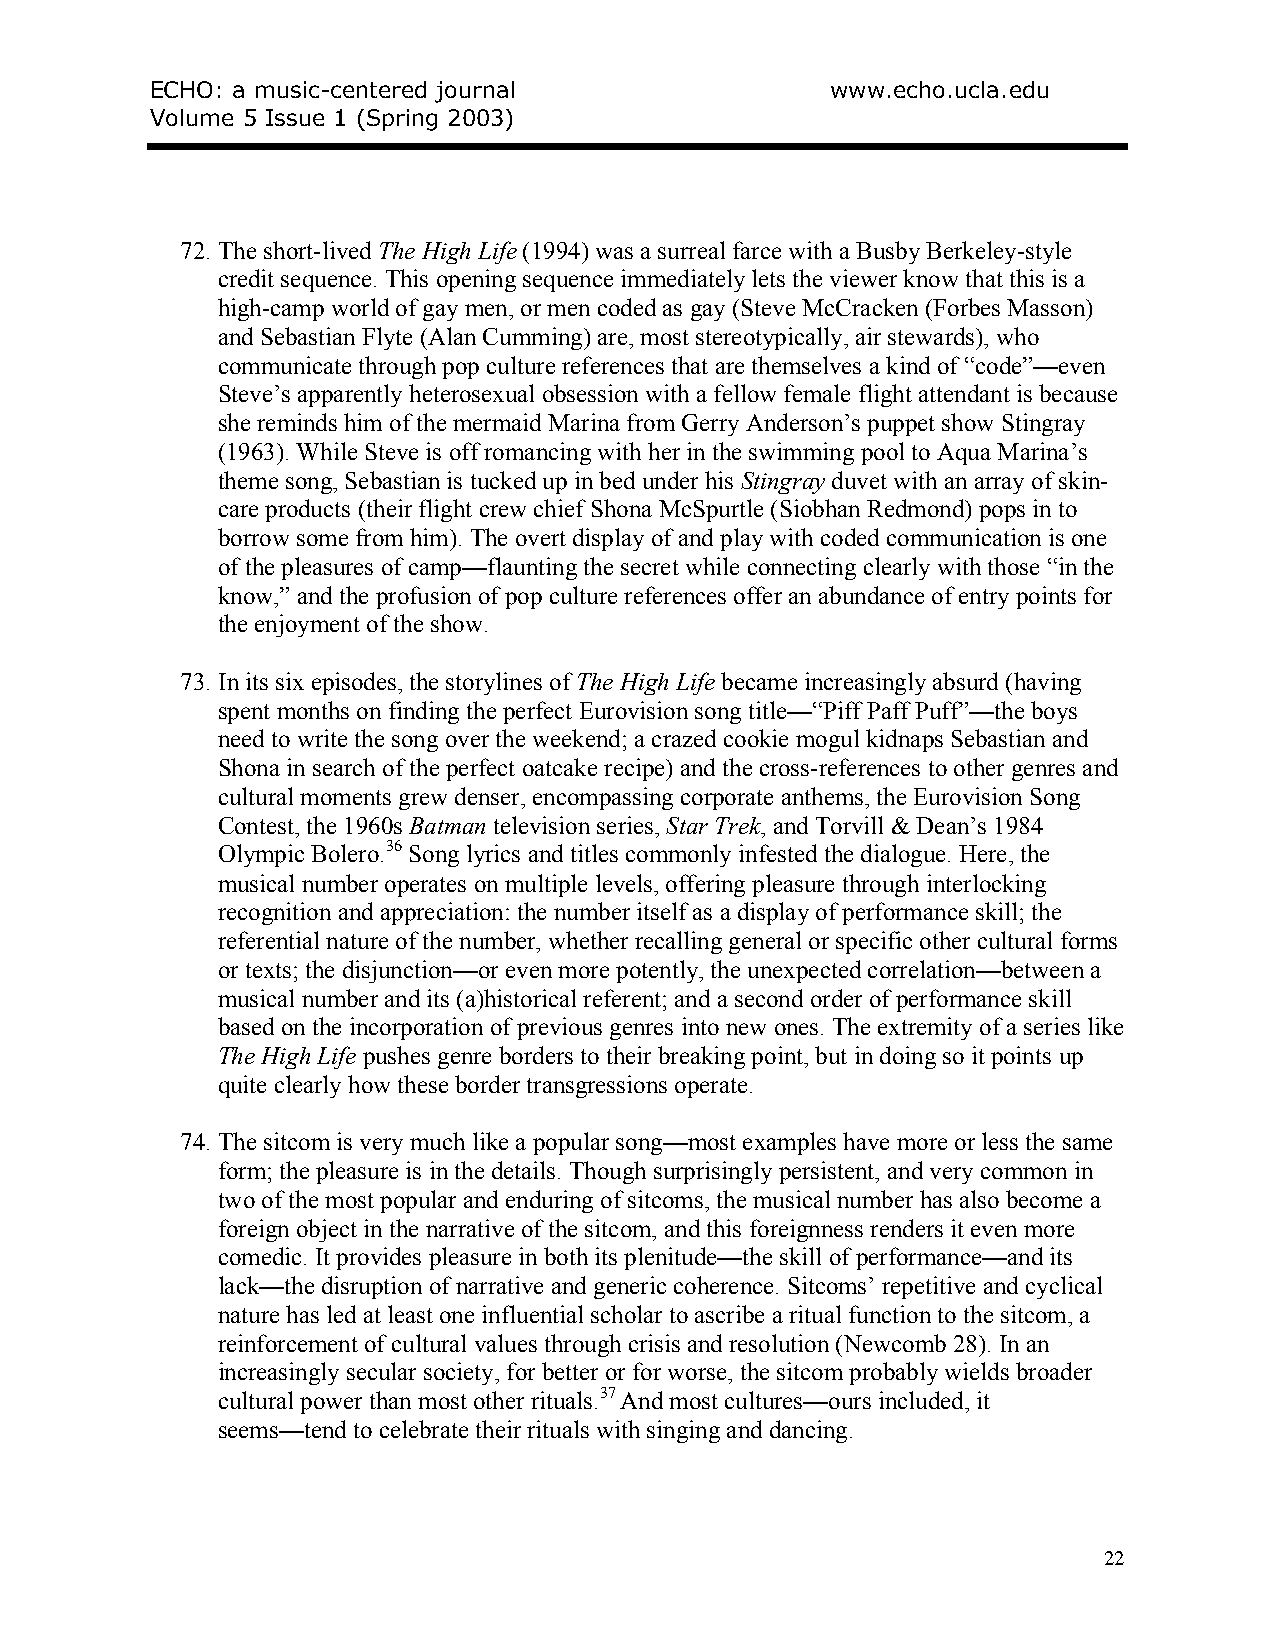
ECHO: a music-centered journal               www.echo.ucla.edu
 Volume 5 Issue 1 (Spring 2003)
 72. The short-lived The High Life (1994) was a surreal farce with a Busby Berkeley-style
 credit sequence. This opening sequence immediately lets the viewer know that this is a
 high-camp world of gay men, or men coded as gay (Steve McCracken (Forbes Masson)
 and Sebastian Flyte (Alan Cumming) are, most stereotypically, air stewards), who
 communicate through pop culture references that are themselves a kind of “code”—even
 Steve’s apparently heterosexual obsession with a fellow female flight attendant is because
 she reminds him of the mermaid Marina from Gerry Anderson’s puppet show Stingray
 (1963). While Steve is off romancing with her in the swimming pool to Aqua Marina’s
 theme song, Sebastian is tucked up in bed under his Stingray duvet with an array of skin-
 care products (their flight crew chief Shona McSpurtle (Siobhan Redmond) pops in to
 borrow some from him). The overt display of and play with coded communication is one
 of the pleasures of camp—flaunting the secret while connecting clearly with those “in the
 know,” and the profusion of pop culture references offer an abundance of entry points for
 the enjoyment of the show.
 73. In its six episodes, the storylines of The High Life became increasingly absurd (having
 spent months on finding the perfect Eurovision song title—“Piff Paff Puff”—the boys
 need to write the song over the weekend; a crazed cookie mogul kidnaps Sebastian and
 Shona in search of the perfect oatcake recipe) and the cross-references to other genres and
 cultural moments grew denser, encompassing corporate anthems, the Eurovision Song
 Contest, the 1960s Batman television series, Star Trek, and Torvill & Dean’s 1984
 Olympic Bolero.36 Song lyrics and titles commonly infested the dialogue. Here, the
 musical number operates on multiple levels, offering pleasure through interlocking
 recognition and appreciation: the number itself as a display of performance skill; the
 referential nature of the number, whether recalling general or specific other cultural forms
 or texts; the disjunction—or even more potently, the unexpected correlation—between a
 musical number and its (a)historical referent; and a second order of performance skill
 based on the incorporation of previous genres into new ones. The extremity of a series like
 The High Life pushes genre borders to their breaking point, but in doing so it points up
 quite clearly how these border transgressions operate.
 74. The sitcom is very much like a popular song—most examples have more or less the same
 form; the pleasure is in the details. Though surprisingly persistent, and very common in
 two of the most popular and enduring of sitcoms, the musical number has also become a
 foreign object in the narrative of the sitcom, and this foreignness renders it even more
 comedic. It provides pleasure in both its plenitude—the skill of performance—and its
 lack—the disruption of narrative and generic coherence. Sitcoms’ repetitive and cyclical
 nature has led at least one influential scholar to ascribe a ritual function to the sitcom, a
 reinforcement of cultural values through crisis and resolution (Newcomb 28). In an
 increasingly secular society, for better or for worse, the sitcom probably wields broader
 cultural power than most other rituals.37 And most cultures—ours included, it
 seems—tend to celebrate their rituals with singing and dancing.
 22